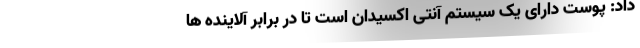
داد: پوست دارای یک سیستم آنتی اکسیدان است تا در برابر آلاینده ها